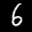
Label: 6